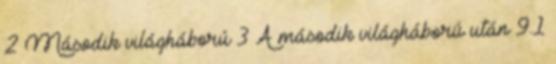
2 Második világháború 3 A második világháború után 9.1